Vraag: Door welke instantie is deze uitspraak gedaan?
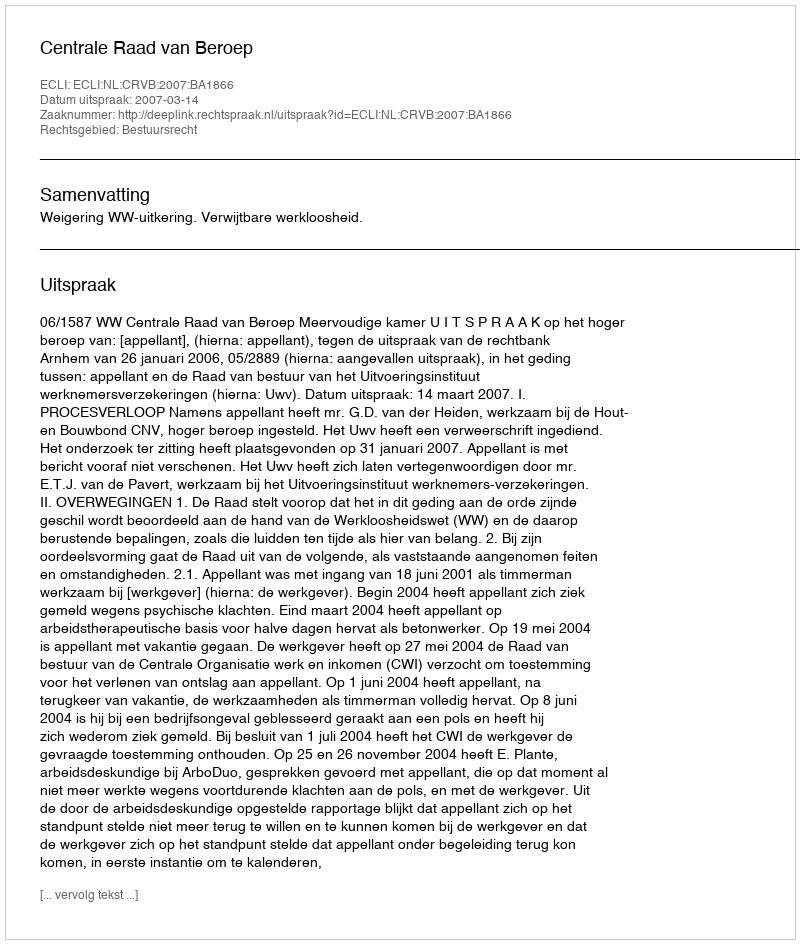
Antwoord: Centrale Raad van Beroep